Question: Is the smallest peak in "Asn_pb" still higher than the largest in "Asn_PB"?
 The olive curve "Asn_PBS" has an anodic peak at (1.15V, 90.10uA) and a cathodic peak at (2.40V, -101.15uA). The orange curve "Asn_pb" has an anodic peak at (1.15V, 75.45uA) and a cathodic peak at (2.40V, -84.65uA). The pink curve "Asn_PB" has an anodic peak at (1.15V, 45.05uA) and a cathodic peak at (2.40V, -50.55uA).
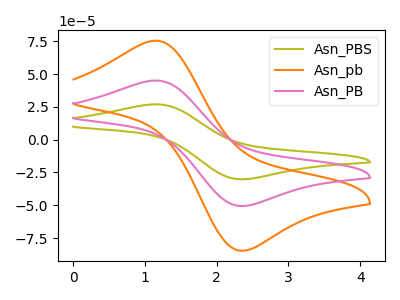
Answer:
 <answer>Every peak in "Asn_pb" is higher than every peak in "Asn_PB".</answer>
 <eval>higher</eval>